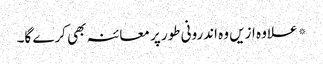
* علاوہ ازیں وہ اندرونی طور پر معائنہ بھی کرے گا۔